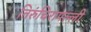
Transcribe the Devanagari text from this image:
तिरुंचिरापल्ली